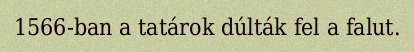
1566-ban a tatárok dúlták fel a falut.